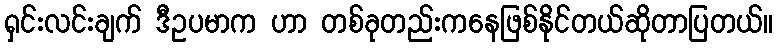
ရှင်းလင်းချက် ဒီဥပမာက ဟာ တစ်ခုတည်းကနေဖြစ်နိုင်တယ်ဆိုတာပြတယ်။